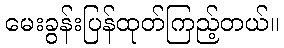
မေးခွန်းပြန်ထုတ်ကြည့်တယ်။